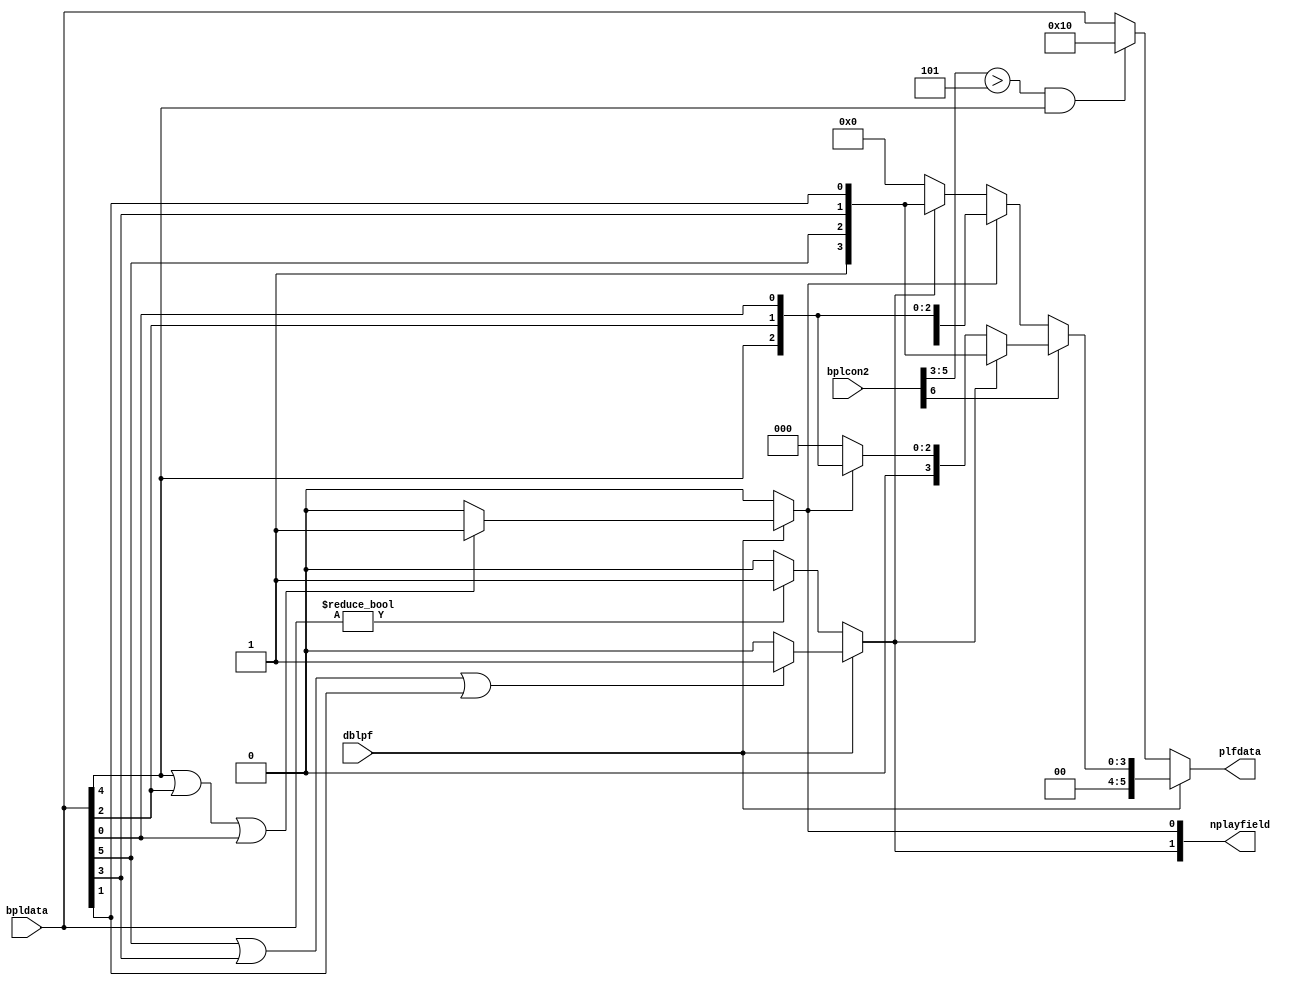
module playfields
(
	input 	[6:1] bpldata,	   		
	input 	dblpf,		   			
	input	[6:0] bplcon2,			
	output	reg [2:1] nplayfield,	
	output	reg [5:0] plfdata		
);
wire pf2pri;						
wire [2:0] pf2p;					
assign pf2pri = bplcon2[6];
assign pf2p = bplcon2[5:3];
always @(dblpf or bpldata)
begin
	if (dblpf) 
	begin
		if (bpldata[5] || bpldata[3] || bpldata[1]) 
			nplayfield[1] = 1;
		else
			nplayfield[1] = 0;
		if (bpldata[6] || bpldata[4] || bpldata[2]) 
			nplayfield[2] = 1;
		else
			nplayfield[2] = 0;	
	end
	else 
	begin
		nplayfield[1] = 0;
		if (bpldata[6:1]!=6'b000000)
			nplayfield[2] = 1;
		else
			nplayfield[2] = 0;	
	end
end
always @(nplayfield or dblpf or pf2pri or bpldata or pf2p)
begin
	if (dblpf) 
	begin
		if (pf2pri) 
		begin
			if (nplayfield[2])
				plfdata[5:0] = {3'b001,bpldata[6],bpldata[4],bpldata[2]};
			else if (nplayfield[1])
				plfdata[5:0] = {3'b000,bpldata[5],bpldata[3],bpldata[1]};
			else 
				plfdata[5:0] = 6'b000000;
		end
		else 
		begin
			if (nplayfield[1])
				plfdata[5:0] = {3'b000,bpldata[5],bpldata[3],bpldata[1]};
			else if (nplayfield[2])
				plfdata[5:0] = {3'b001,bpldata[6],bpldata[4],bpldata[2]};
			else 
				plfdata[5:0] = 6'b000000;
		end
	end
	else 
		if (pf2p>5 && bpldata[5])
			plfdata[5:0] = {6'b010000};
		else
			plfdata[5:0] = bpldata[6:1];
end
endmodule